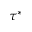
\tau ^ { * }